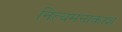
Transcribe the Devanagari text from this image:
नित्यमनाकाशं